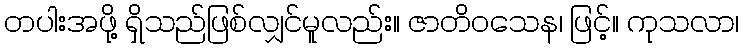
တပါးအဖို့ ရှိသည်ဖြစ်လျှင်မူလည်း။ ဇာတိဝသေန၊ ဖြင့်။ ကုသလာ၊